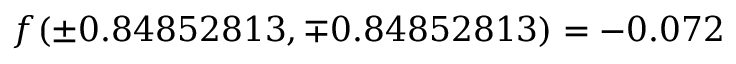
f ( \pm 0 . 8 4 8 5 2 8 1 3 , \mp 0 . 8 4 8 5 2 8 1 3 ) = - 0 . 0 7 2